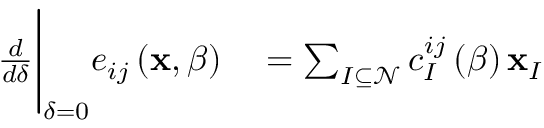
\begin{array} { r l } { \frac { d } { d \delta } \Bigg \vert _ { \delta = 0 } e _ { i j } \left( \mathbf { x } , \beta \right) } & { { } = \sum _ { I \subseteq \mathcal { N } } c _ { I } ^ { i j } \left( \beta \right) \mathbf { x } _ { I } } \end{array}